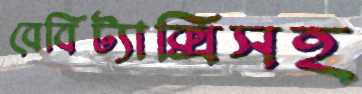
বেবিট্যাক্সিসহ